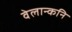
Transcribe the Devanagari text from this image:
वेलान्कनि